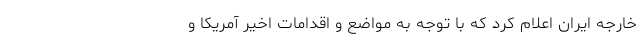
خارجه ایران اعلام کرد که با توجه به مواضع و اقدامات اخیر آمریکا و